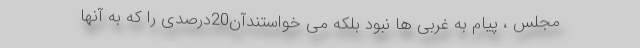
مجلس ، پیام به غربی ها نبود بلکه می خواستندآن20درصدی را که به آنها